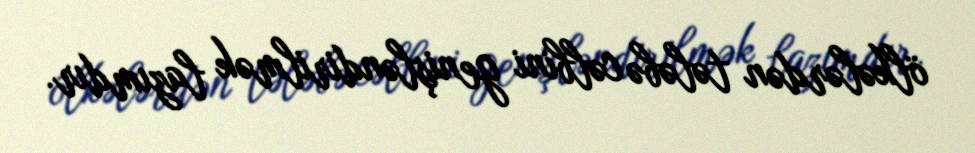
ölkələrdən tələbə cəlbini genişləndirilmək lazımdır.